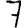
Digit: 7